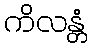
ကိလန္တံ